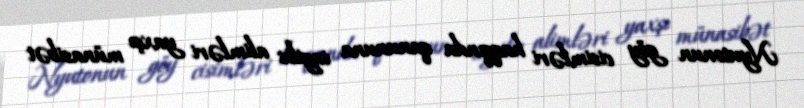
Nyutonun göy cisimləri haqqında qanununa ingilis alimləri yaxşı münasibət